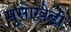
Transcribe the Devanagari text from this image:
मूसाखेडी